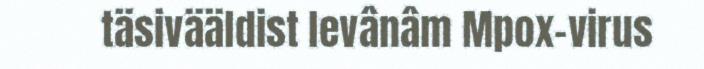
täsivääldist levânâm Mpox-virus